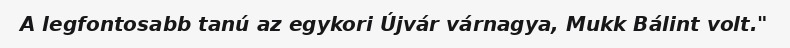
A legfontosabb tanú az egykori Újvár várnagya, Mukk Bálint volt."